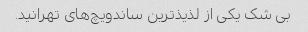
بی شک یکی از لذیذ‌ترین ساندویچ‌های تهرانید.